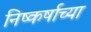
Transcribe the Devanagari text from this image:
निष्कर्षाच्या